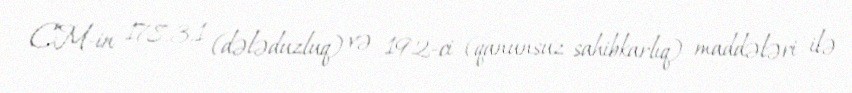
CM-in 178.3.1 (dələduzluq) və 192-ci (qanunsuz sahibkarlıq) maddələri ilə